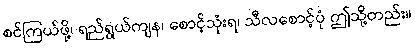
စင်ကြယ်ဖို့၊ ရည်ရွယ်ကျန၊ စောင့်သုံးရ၊ သီလစောင့်ပုံ ဤသို့တည်း။